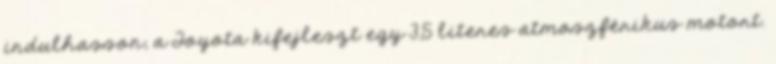
indulhasson, a Toyota kifejleszt egy 3,5 literes atmoszférikus motort.